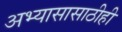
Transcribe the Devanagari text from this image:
अभ्यासासाठीही